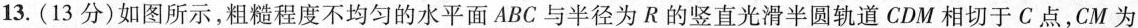
13.(13分)如图所示，粗糙程度不均匀的水平面ABC与半径为R的竖直光滑半圆轨道CDM相切于C点，CM为